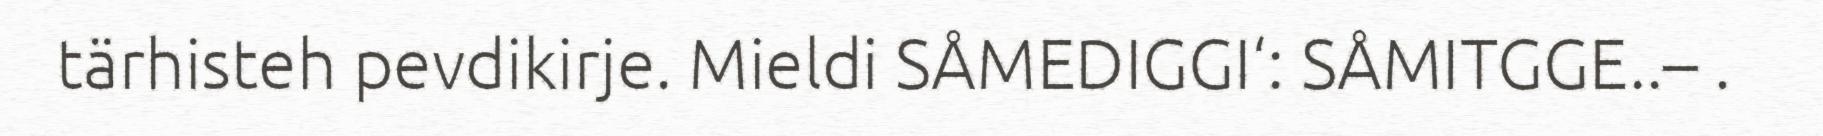
tärhisteh pevdikirje. Mieldi SÅMEDIGGI‘: SÅMITGGE..– .